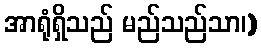
အာရုံရှိသည် မည်သည်သာ၊)